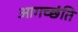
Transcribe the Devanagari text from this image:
आगच्छंति